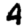
Digit: 4